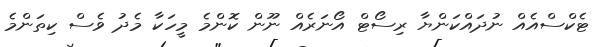
ޓެކްސްއެއް ނުދައްކަންޔާ ރިސޯޓް އޯނަރެއް ނޫން ކޮންމެ މީހަކާ މެދު ވެސް ކިތަންމެ